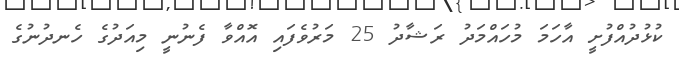
ކުޅުދުއްފުށީ އާހަމަ މުހައްމަދު ރަޝާދު 25 މަރުވެފައި އޮއްވާ ފެނުނީ މިއަދުގެ ހެނދުނުގެ